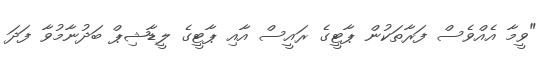
"ވީމާ އެއްވެސް ފަރާތަކުން ޕާޓީގެ ރައީސް އާއި ޕާޓީގެ ލީޑާޝިޕް ބަދުނާމުވާ ފަދަ